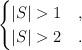
LaTeX: \begin{align*}\begin{cases}|S|>1 &,\\|S|>2 &.\end{cases}\end{align*}